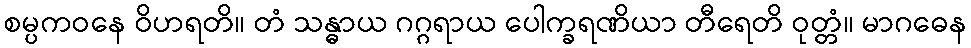
စမ္ပကဝနေ ဝိဟရတိ။ တံ သန္ဓာယ ဂဂ္ဂရာယ ပေါက္ခရဏိယာ တီရေတိ ဝုတ္တံ။ မာဂဓေန